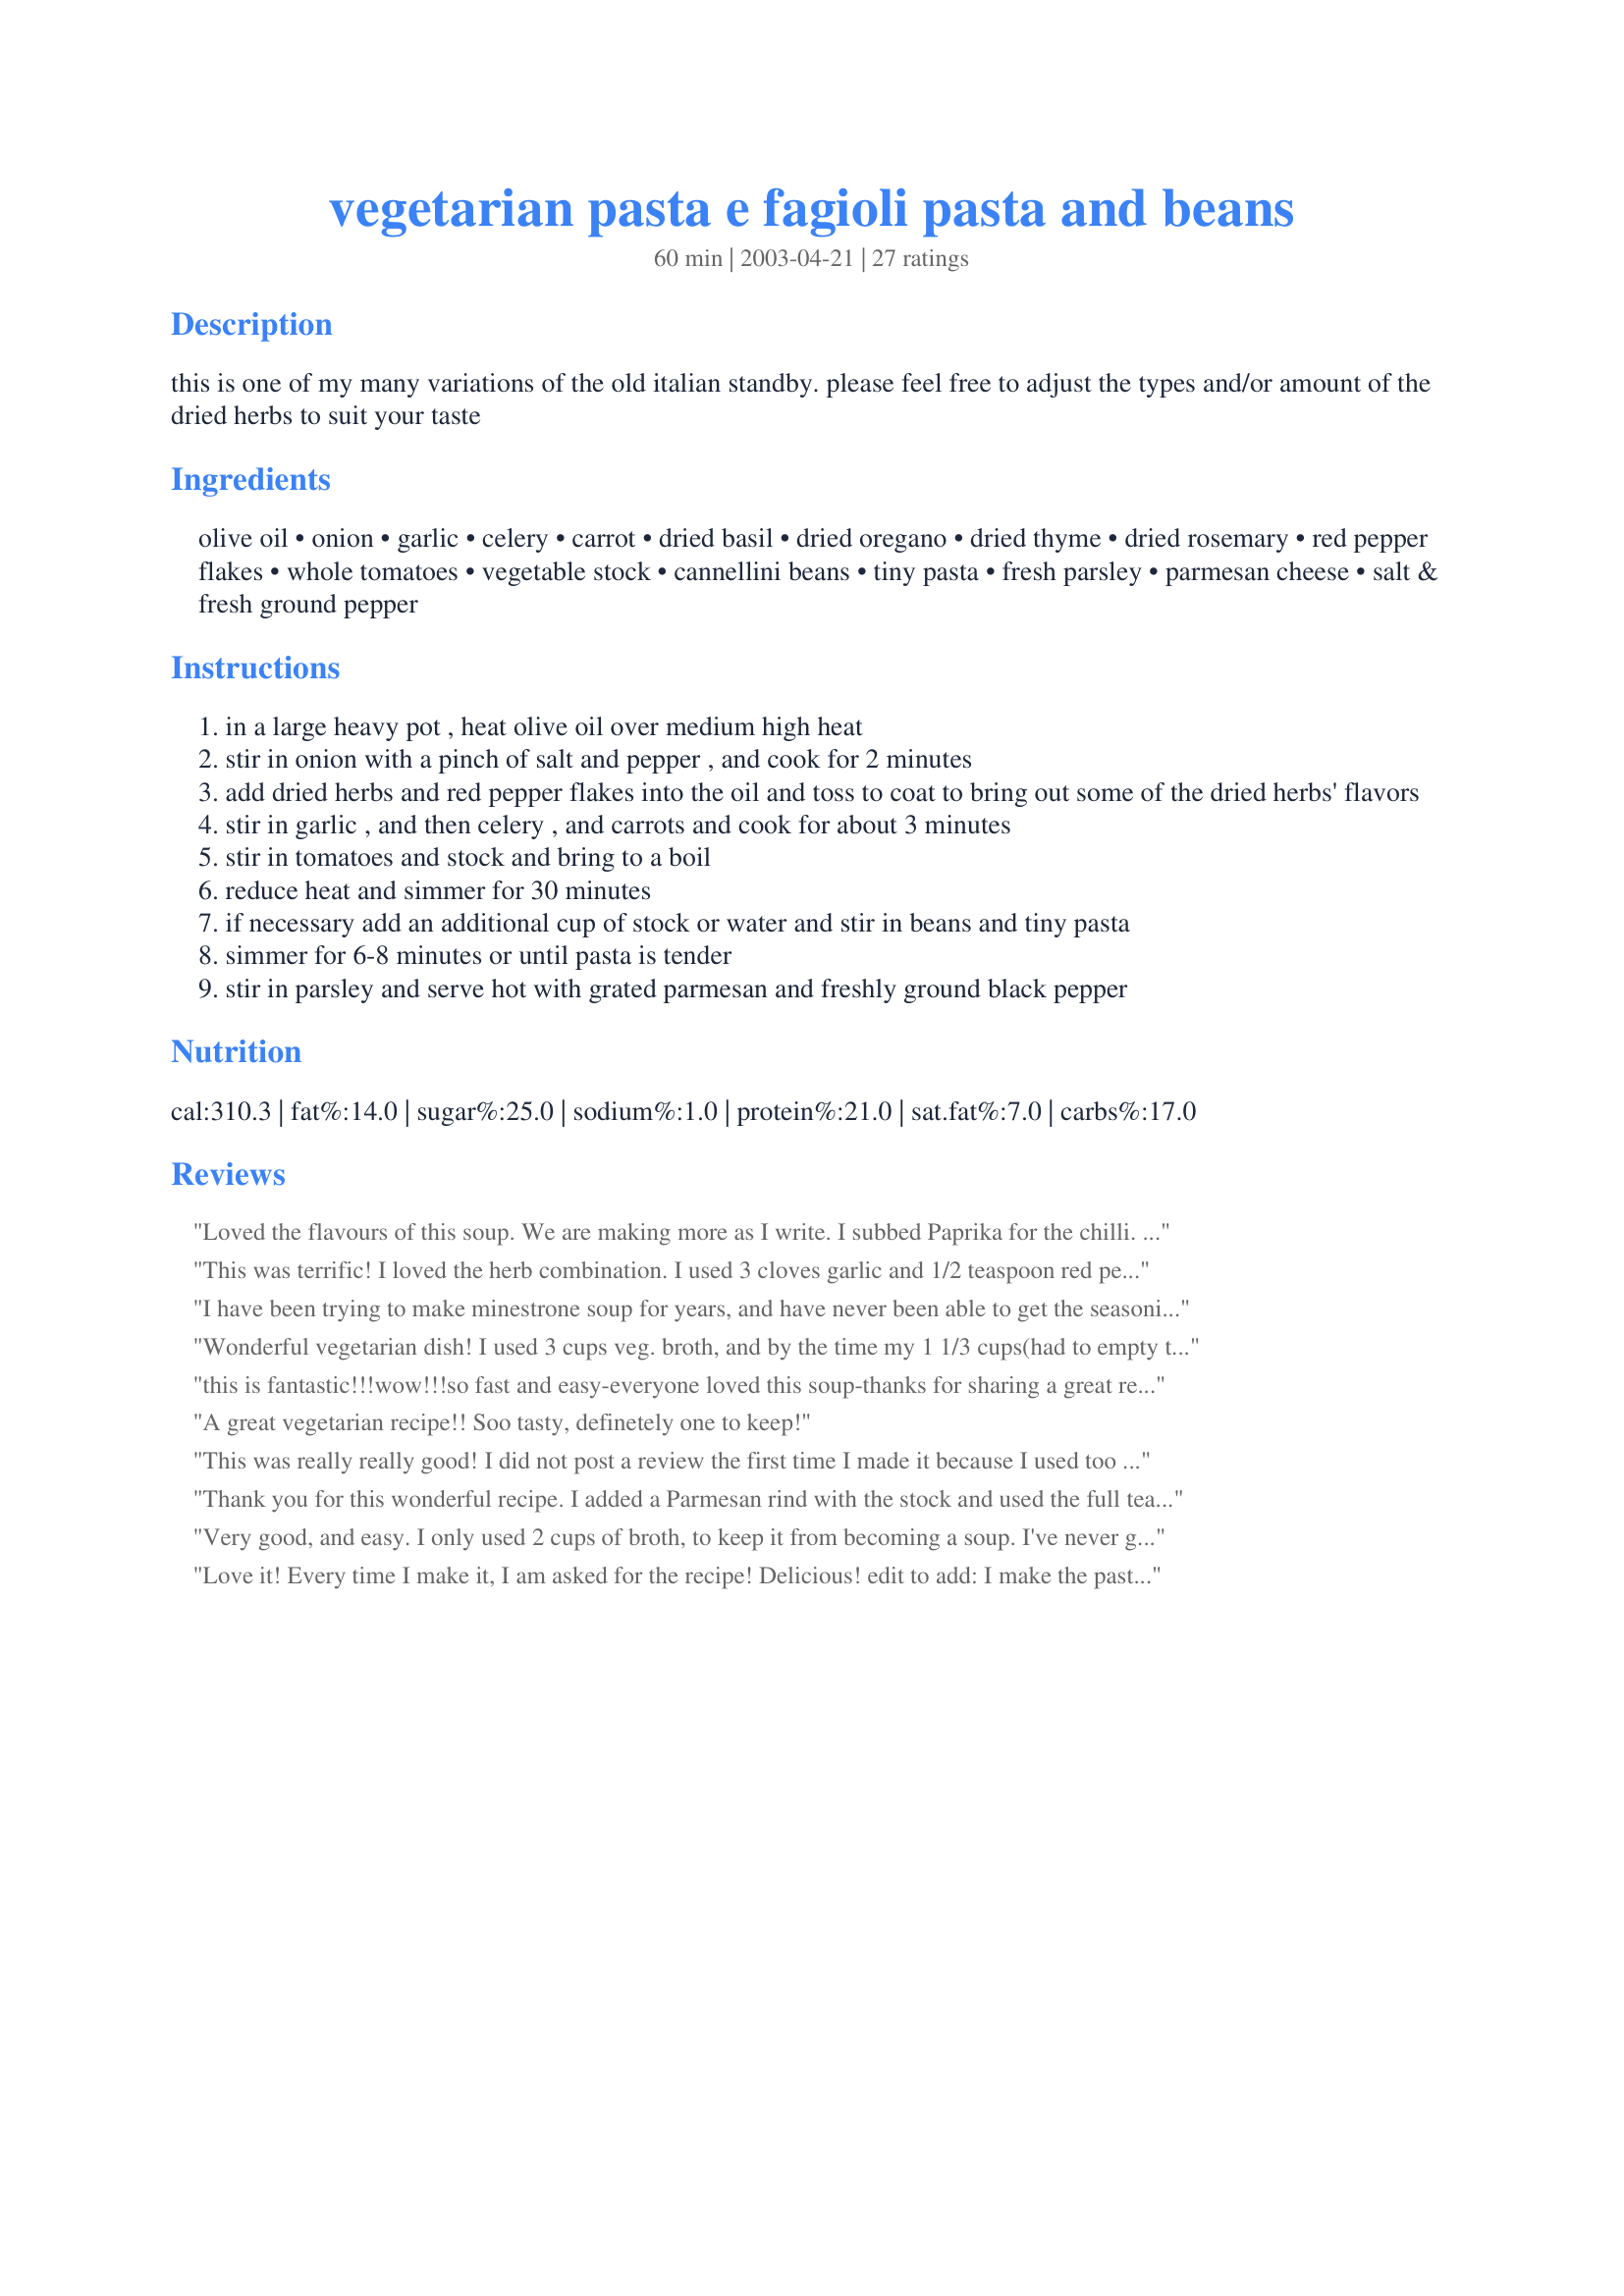
vegetarian pasta e fagioli pasta and beans
Preparation time: 60 minutes

this is one of my many variations of the old italian standby. please feel free to adjust the types and/or amount of the dried herbs to suit your taste

Ingredients:
olive oil, onion, garlic, celery, carrot, dried basil, dried oregano, dried thyme, dried rosemary, red pepper flakes, whole tomatoes, vegetable stock, cannellini beans, tiny pasta, fresh parsley, parmesan cheese, salt & fresh ground pepper

Steps:
in a large heavy pot , heat olive oil over medium high heat
stir in onion with a pinch of salt and pepper , and cook for 2 minutes
add dried herbs and red pepper flakes into the oil and toss to coat to bring out some of the dried herbs' flavors
stir in garlic , and then celery , and carrots and cook for about 3 minutes
stir in tomatoes and stock and bring to a boil
reduce heat and simmer for 30 minutes
if necessary add an additional cup of stock or water and stir in beans and tiny pasta
simmer for 6-8 minutes or until pasta is tender
stir in parsley and serve hot with grated parmesan and freshly ground black pepper

Reviews:
Loved the flavours of this soup. We are making more as I write. I subbed Paprika for the chilli. I will not add the pasta next time as I found by the next day it had taken over the soup. Delicious recipe. Thank you.
This was terrific! I loved the herb combination. I used 3 cloves garlic and 1/2 teaspoon red pepper flakes. I had a 14 1/2 ounce can of fire roasted crushed tomatoes which I used, as well as some tubetti pasta. I accidentally added the beans along with the broth with no deleterious effects:D No other changes. This made a very thick soup but I did not add additional broth. I'm really looking forward to lunch tomorrow. BF was not as enthusiastic with this recipe as I was, but he would still give this 5 stars. I'll make this again, and I think he'll change his mind for the better. So glad I made this.
I have been trying to make minestrone soup for years, and have never been able to get the seasonings right. I started making this Pasta e Fagioli, and after tasting the broth as it simmered...AHA! This is the exact combo that my soup needed. This quickly turned into minestrone with the addition of potato and veggies. Excellent recipe!
Wonderful vegetarian dish! I used 3 cups veg. broth, and by the time my 1 1/3 cups(had to empty the box!)orzo pasta had cooked thoroughly, I had a thick kind of stew. Add the fourth cup if you're planning on soup. Delicious flavor!
this is fantastic!!!wow!!!so fast and easy-everyone loved this soup-thanks for sharing a great recipe!!!
A great vegetarian recipe!! Soo tasty, definetely one to keep!
This was really really good! I did not post a review the first time I made it because I used too much rosemary and needed to do it right. Well I made it again tonight and we just loved it. I did add more broth at the end and it was perfect. Thanks! Update: I found that making this earlier in the day and then re-heatng really helps the flavors blend. I make soime extra broth to add if needed. Fabulous! I served this with red pepper flakes, freshly grated cheese on top along with rickv's Basic machine french bread #4651
Thank you for this wonderful recipe. I added a Parmesan rind with the stock and used the full teaspoon of red pepper flake and I loved the extra kick. I will add extra stock next time so the pasta doesn't soak up all the liquid. Yum!
Very good, and easy. I only used 2 cups of broth, to keep it from becoming a soup. I've never gotten so much flavor out of dried spices before!
Love it! Every time I make it, I am asked for the recipe! Delicious!
edit to add: I make the pasta separately and serve the soup over a scoop of pasta. I like to keep them separate so that the pasta doesn't absorb all of the liquid in the soup.
This is the BEST Pasta e Fagioli I've ever made!!! I omitted the onion (my husband can't eat them), used canned tomotoes and Wolfgang Puck's organic vegetable broth. It's easy to make (an hour is ample time) and fills the house with a great aroma. Perfect for a snowy afternoon.
This is so savory and warming and would be great for a cold day. I did use chicken broth.
This was so delicious! I followed as written, grateful to have started it a little earlier since the broth has to simmer. Thanks for the recipe!
This was absolutely wonderful! It reminded me of the minestrone I get at restaurants but so much better! It was so filling and the aroma was delectable. My husband and I were able to enjoy it for dinner for two evenings, and we had had seconds one of those nights. The leftovers also kept well in the ziploc container in the fridge, and the flavors blended wonderfully. Thank you for posting this wonderful soup recipe!
very good I added some chopped cooked chicken
WOW~!!! BECKY!!! THIS IS DELICIOUS!!! Ive never had anything like this before (yes, never lol) so I was rather excited about it :-) At first I was a bit nervous about the spices (I must admit I had to leave out the rosemary, as I am very picky about what I put rosemary in, hehe) and only 1 teaspoon of oregano, as Ive found that the one I have is rather strong...and Ive noticed in the past, when using recommended amounts, it always seems like too much, so I cut back a bit :-) I used 1 teaspoon of the red pepper flakes because we like it kicked up a bit ;-) but i must admit that I will use a bit less next time haha... Im not sure i have any nose hairs left! :-O lol. This is just wonderful overall. The flavors are fabulous, and the parsley, parm and ground black pepper are a great touch. I served this with a pile of sliced fresh italian bread that I quickly toasted under the broiler... soft on one side, crisp on the other hehe. Was wonderful to soak up the leftover soup broth... you will not want to waste a bit of the broth!!! YUM!!!!! Thanks for the wonderful recipe!! I will be making this quite often as we love soups...and this is definitely one of our favorites to date!!
This was a wonderfully simple, healthy, flavorful soup. I left out the pasta. Thanks for posting the recipe.
This was REALLY good! I just needed an extra cup of broth.
Excellent soup! Made this today and DH and I both loved it. I have made this soup before using Italian sausage; however, this is just as hearty and delicious. Will defintely be making this soup again and again! Made for February's Sun and Spice tag, 2013.
Delicious! Though macaroni took a lot of water from the soup, I kept adding more still it was very tasty!!! I used regular navy beans in a can, and still it tasted good! Thanks for the recipe!
Light and delicious soup! I chopped my carrots smaller so they would cook a little quicker and added some zucchini because I had some on hand. The pasta absorbed the broth quite a bit but that was fine for us; I didn&#039;t add any extra liquid because I wanted it a little less soupy. The herbs were great in this - I liked the rosemary and was generous with the crushed red pepper. Thanks for sharing your recipe! Made for the Best of 2013 event, recommended by Nancy&#039;s Pantry
This comes from an girl who ate traditional pasta e fagioli at least once a week growing up (great chep way to feed 6 kids!):excellent simple recipe! I do love meat in it usually, but we are watching our weight, so i tried this. Awesome! Minor changes: more garlic, fresh rosemary and thyme, i had no red pepper flakes, so i went with some dashes of hot sauce. Served with crusty whole grain bread. Try it with a bit of high quality extra virgin olive oil over the top before eating. divine! thanks... this will get us through the winter on a diet.
This recipe makes a nice, flavorful meal. I must confess I thought I was making a pasta dish, not a soup, but I still thoroughly enjoyed the results. Spicy and delicious. Will make it again. Thank you!
I loved this soup, it was very good. I did a type of fridge cleaning and added red bell pepper, mushrooms, and extra carrots to it. The herb mixture was just right and I liked the slight heat from the red pepper flakes. I made the pasta separately and poured to soup on top. Served it with multigrain Italian bread. (Photo added)
Easy and tasty. Thanks for the recipe!
Absolutly awesome. This has n amazing flavor! If desired, you can add pancetta or ground beef sauted with the vegatables. Beef broth can be substituted for the vegatable broth. At our house we use several variations, depending on our mood.
Thanks for a great recipe. Perfect with nice crusty bread for a cold day. I substituted a parsnip for the carrot and used chicken stock instead of vegetable. Will make this again.
